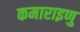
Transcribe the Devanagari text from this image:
कमाराइणु